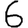
Digit: 6